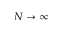
N \to \infty